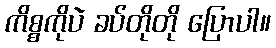
ကိစ္စကိုပဲ ခပ်တိုတို ပြောပါ။